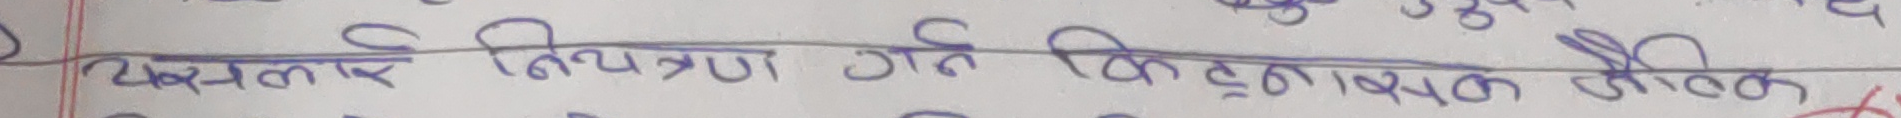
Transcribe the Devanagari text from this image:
यसलाई नियन्त्रण गर्ने किटाणुनाशक औषधि